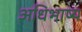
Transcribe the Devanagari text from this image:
अधिभाष्य